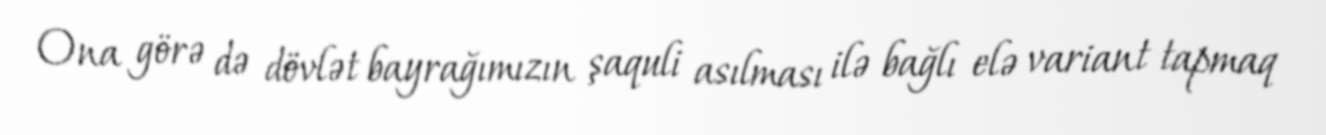
Ona görə də dövlət bayrağımızın şaquli asılması ilə bağlı elə variant tapmaq